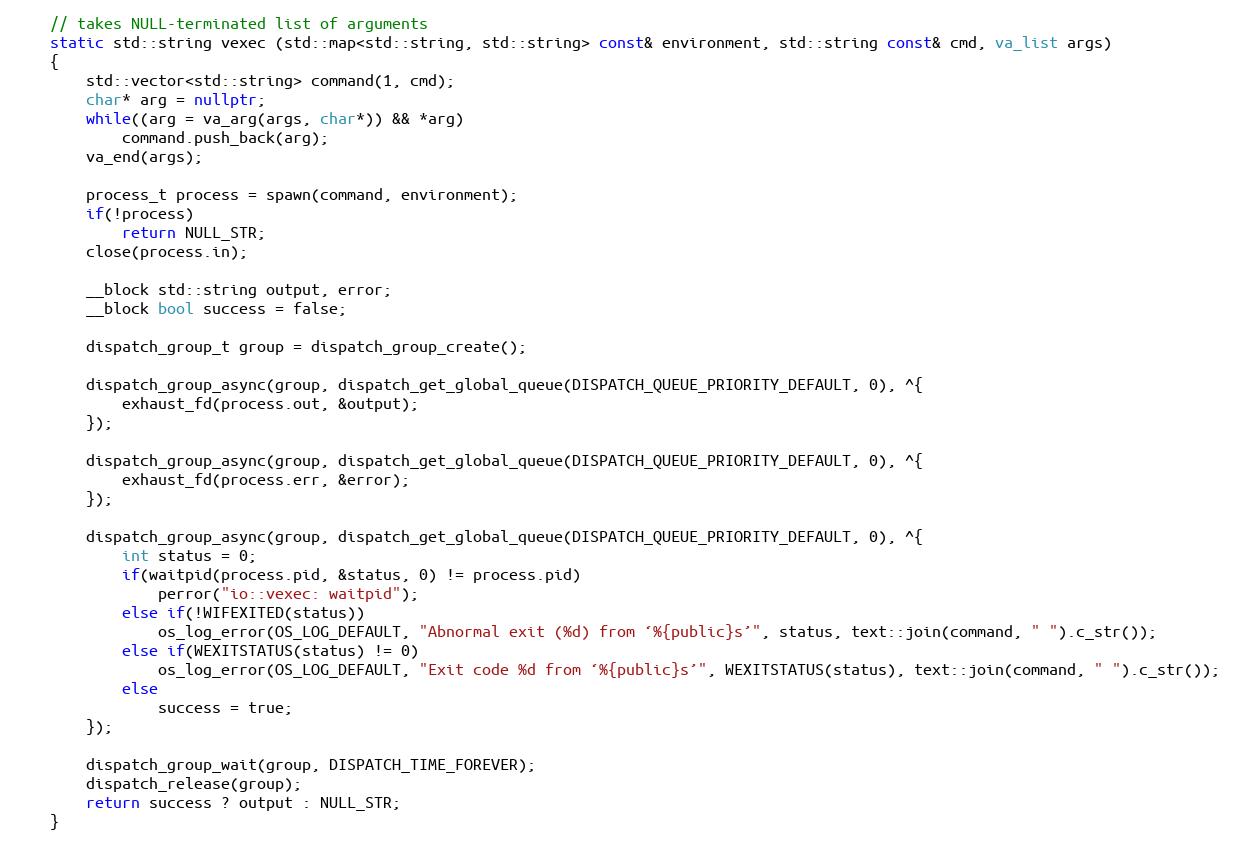
Language: C++
	// takes NULL-terminated list of arguments
	static std::string vexec (std::map<std::string, std::string> const& environment, std::string const& cmd, va_list args)
	{
		std::vector<std::string> command(1, cmd);
		char* arg = nullptr;
		while((arg = va_arg(args, char*)) && *arg)
			command.push_back(arg);
		va_end(args);

		process_t process = spawn(command, environment);
		if(!process)
			return NULL_STR;
		close(process.in);

		__block std::string output, error;
		__block bool success = false;

		dispatch_group_t group = dispatch_group_create();

		dispatch_group_async(group, dispatch_get_global_queue(DISPATCH_QUEUE_PRIORITY_DEFAULT, 0), ^{
			exhaust_fd(process.out, &output);
		});

		dispatch_group_async(group, dispatch_get_global_queue(DISPATCH_QUEUE_PRIORITY_DEFAULT, 0), ^{
			exhaust_fd(process.err, &error);
		});

		dispatch_group_async(group, dispatch_get_global_queue(DISPATCH_QUEUE_PRIORITY_DEFAULT, 0), ^{
			int status = 0;
			if(waitpid(process.pid, &status, 0) != process.pid)
				perror("io::vexec: waitpid");
			else if(!WIFEXITED(status))
				os_log_error(OS_LOG_DEFAULT, "Abnormal exit (%d) from ‘%{public}s’", status, text::join(command, " ").c_str());
			else if(WEXITSTATUS(status) != 0)
				os_log_error(OS_LOG_DEFAULT, "Exit code %d from ‘%{public}s’", WEXITSTATUS(status), text::join(command, " ").c_str());
			else
				success = true;
		});

		dispatch_group_wait(group, DISPATCH_TIME_FOREVER);
		dispatch_release(group);
		return success ? output : NULL_STR;
	}